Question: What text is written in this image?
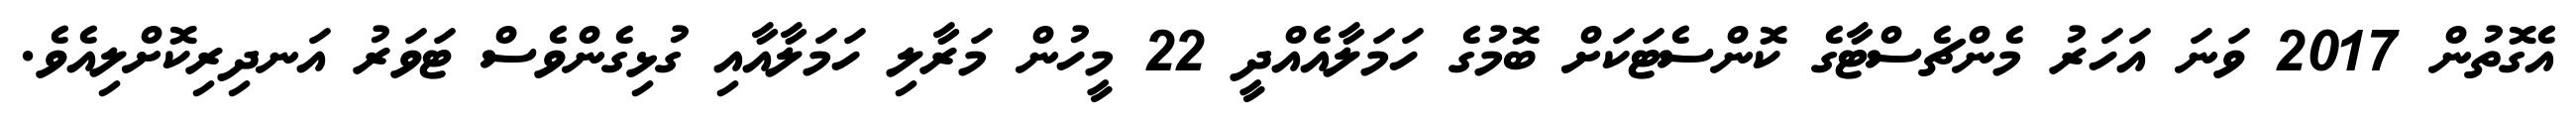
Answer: އެގޮތުން 2017 ވަނަ އަހަރު މެންޗެސްޓާގެ ކޮންސެޓަކަށް ބޮމުގެ ހަމަލާއެއްދީ 22 މީހުން މަރާލި ހަމަލާއާއި ގުޅިގެންވެސް ޓަވަރު އަނދިރިކޮށްލިއެވެ.